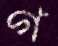
গ